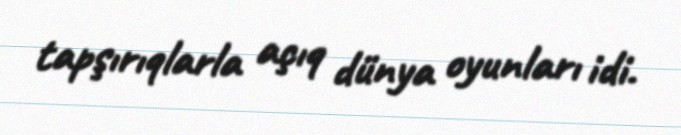
tapşırıqlarla açıq dünya oyunları idi.